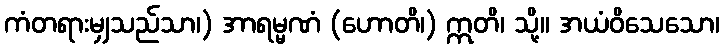
ကံတရားမျှသည်သာ၊) အာရမ္မဏံ (ဟောတိ၊) ဣတိ၊ သို့။ အယံဝိသေသော၊